Civil Veterinary Department Bihar & Orissa reports 1911-21 - 1911-1921
Year: 1911
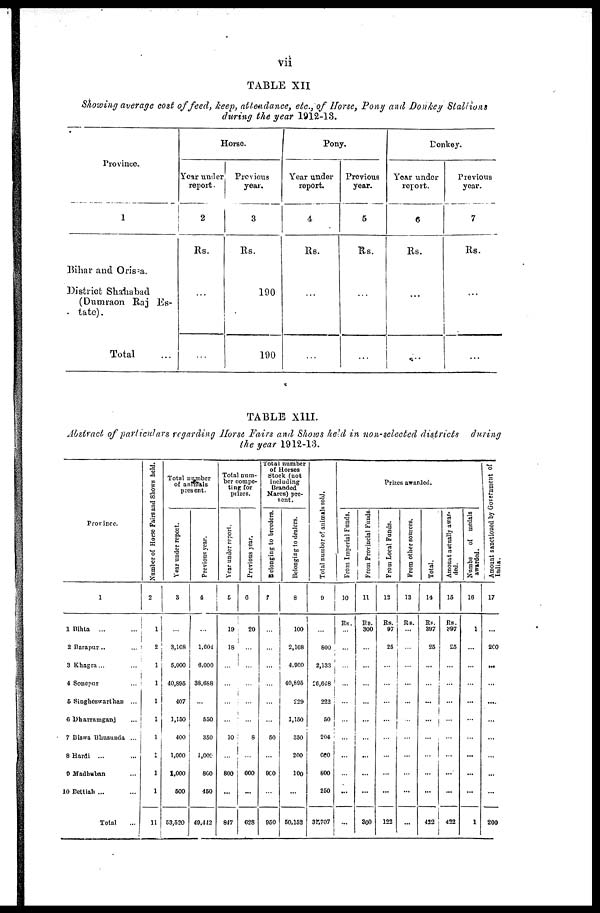
vii
TABLE XII
Showing average cost of feed, keep, attendance, etc., of Horse, Pony and Donkey Stallions
during the year 1912-13.
Province.
1
Bihar and Orissa.
District Shahabad
(Dumraon Raj Es-
tate) .
Total ...
Horse.
Year under
report.
2
Rs.
...
...
Previous
year.
3
Rs.
190
190
Pony.
Year under
report.
4
Rs.
...
...
Previous
year.
5
Rs.
...
...
Donkey.
Year under
report.
6
Rs.
...
...
Previous
year.
7
Rs.
...
...
TABLE X11I.
Abstract of particulars regarding Horse Fairs and Shows held in non-selected districts
during
the year 1912-13.
Province.
1
1 Bihta ... ...
2 Barapur .. ...
3 Khagra ... ...
4 Sonepur ...
5 Singheswarthan ...
6 Dharramganj ...
7 Biswa Bhusunda ...
8 Hardi ... ...
9 Madhuban ...
10 Bettiah ... ...
Total ...
Number of Horse Fairs and Shows held.
2
1
2
...
1
1
1
1
1
1
1
11
Total number
of
animals
present.
Year
under report.
3
...
3,168
5,000
40,895
407
1,160
400
1,000
1,000
500
63,520
Previous year.
4
...
1,604
6,000
38,688
...
550
350
1,000
800
460
49,442
Total num-
ber compe-
ting for
prizes.
Year under report.
5
10
18
...
...
...
...
10
...
800
...
847
Previous year.
6
20
...
...
...
...
...
8
...
600
...
028
Total number
of Horses
Stock (not
including
Branded
Mares) pre-
sent.
Belonging to breeders.
7
...
...
...
...
...
...
60
...
960
...
950
Belonging to dealers.
8
100
2,168
4,960
40,696
229
1,150
350
200
100
...
50,152
Total number of animals sold.
9
...
800
2,133
26,648
222
50
204
600
800
260
3r,707
Pr i
z e s a wa r
de d.
From Imperial Funds.
10
Rs.
...
...
...
...
...
...
...
...
...
...
From Provincial Funds.
11
Rs.
300
...
...
...
...
...
...
...
...
...
800
From Local Funds.
12
Rs.
97
25
...
...
...
...
...
...
...
...
123
From other sources.
13
Rs.
...
...
...
...
...
...
...
...
...
...
Total.
14
Rs.
397
25
...
...
...
...
...
...
...
...
412
Amount
actually awar-
ded.
15
Rs.
397
25
...
...
...
...
...
...
...
...
422
Numbe
of medals
awarded.
16
1
...
...
...
...
...
...
...
...
...
1
Amount sanctioned by Government of
India.
17
...
200
...
...
....
...
...
...
...
...
200